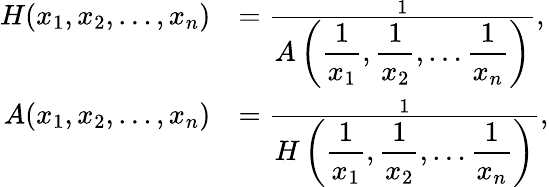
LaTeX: {\begin{array}{rl}{H(x_{1},x_{2},\ldots,x_{n})}&{={\frac{1}{\displaystyle A\left({\frac{1}{x_{1}}},{\frac{1}{x_{2}}},\ldots{\frac{1}{x_{n}}}\right)}},}\\ {A(x_{1},x_{2},\ldots,x_{n})}&{={\frac{1}{\displaystyle H\left({\frac{1}{x_{1}}},{\frac{1}{x_{2}}},\ldots{\frac{1}{x_{n}}}\right)}},}\end{array}}